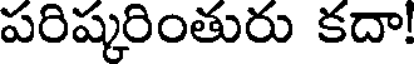
పరిష్కరింతురు కదా!